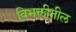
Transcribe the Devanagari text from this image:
विभक्तीतील